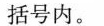
括号内。